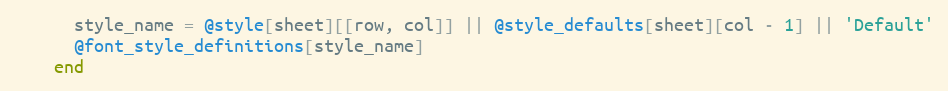
Language: Ruby
      style_name = @style[sheet][[row, col]] || @style_defaults[sheet][col - 1] || 'Default'
      @font_style_definitions[style_name]
    end